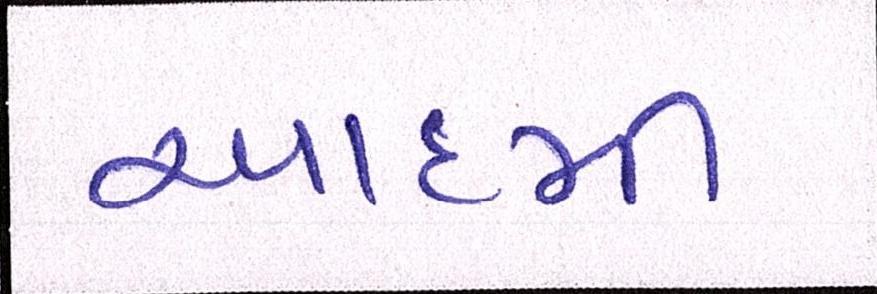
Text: આદમી